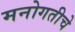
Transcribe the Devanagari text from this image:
मनोगतीचे